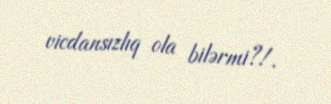
vicdansızlıq ola bilərmi?!.